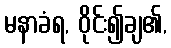
မနာခံရ, ဝိုင်း၍ချ၏,